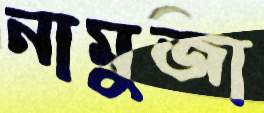
নামুজা